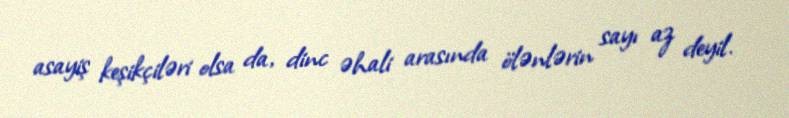
asayiş keşikçiləri olsa da, dinc əhali arasında ölənlərin sayı az deyil.